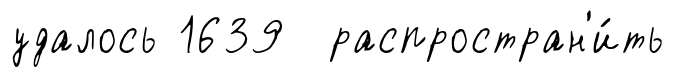
удалось 1639 распростран'и́ть